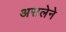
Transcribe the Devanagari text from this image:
असलेने